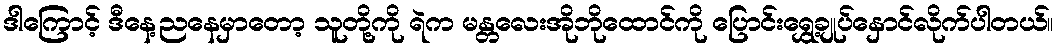
ဒါကြောင့် ဒီနေ့ညနေမှာတော့ သူတို့ကို ရဲက မန္တလေးအိုဘိုထောင်ကို ပြောင်းရွှေ့ချုပ်နှောင်လိုက်ပါတယ်။